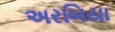
અરબિયા